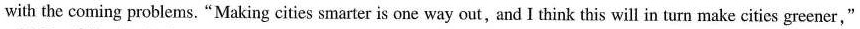
with the coming problems. "Making cities smarter is one way out, and I think this will in turn make cities greener,"